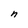
Character: n